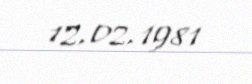
12.02.1981